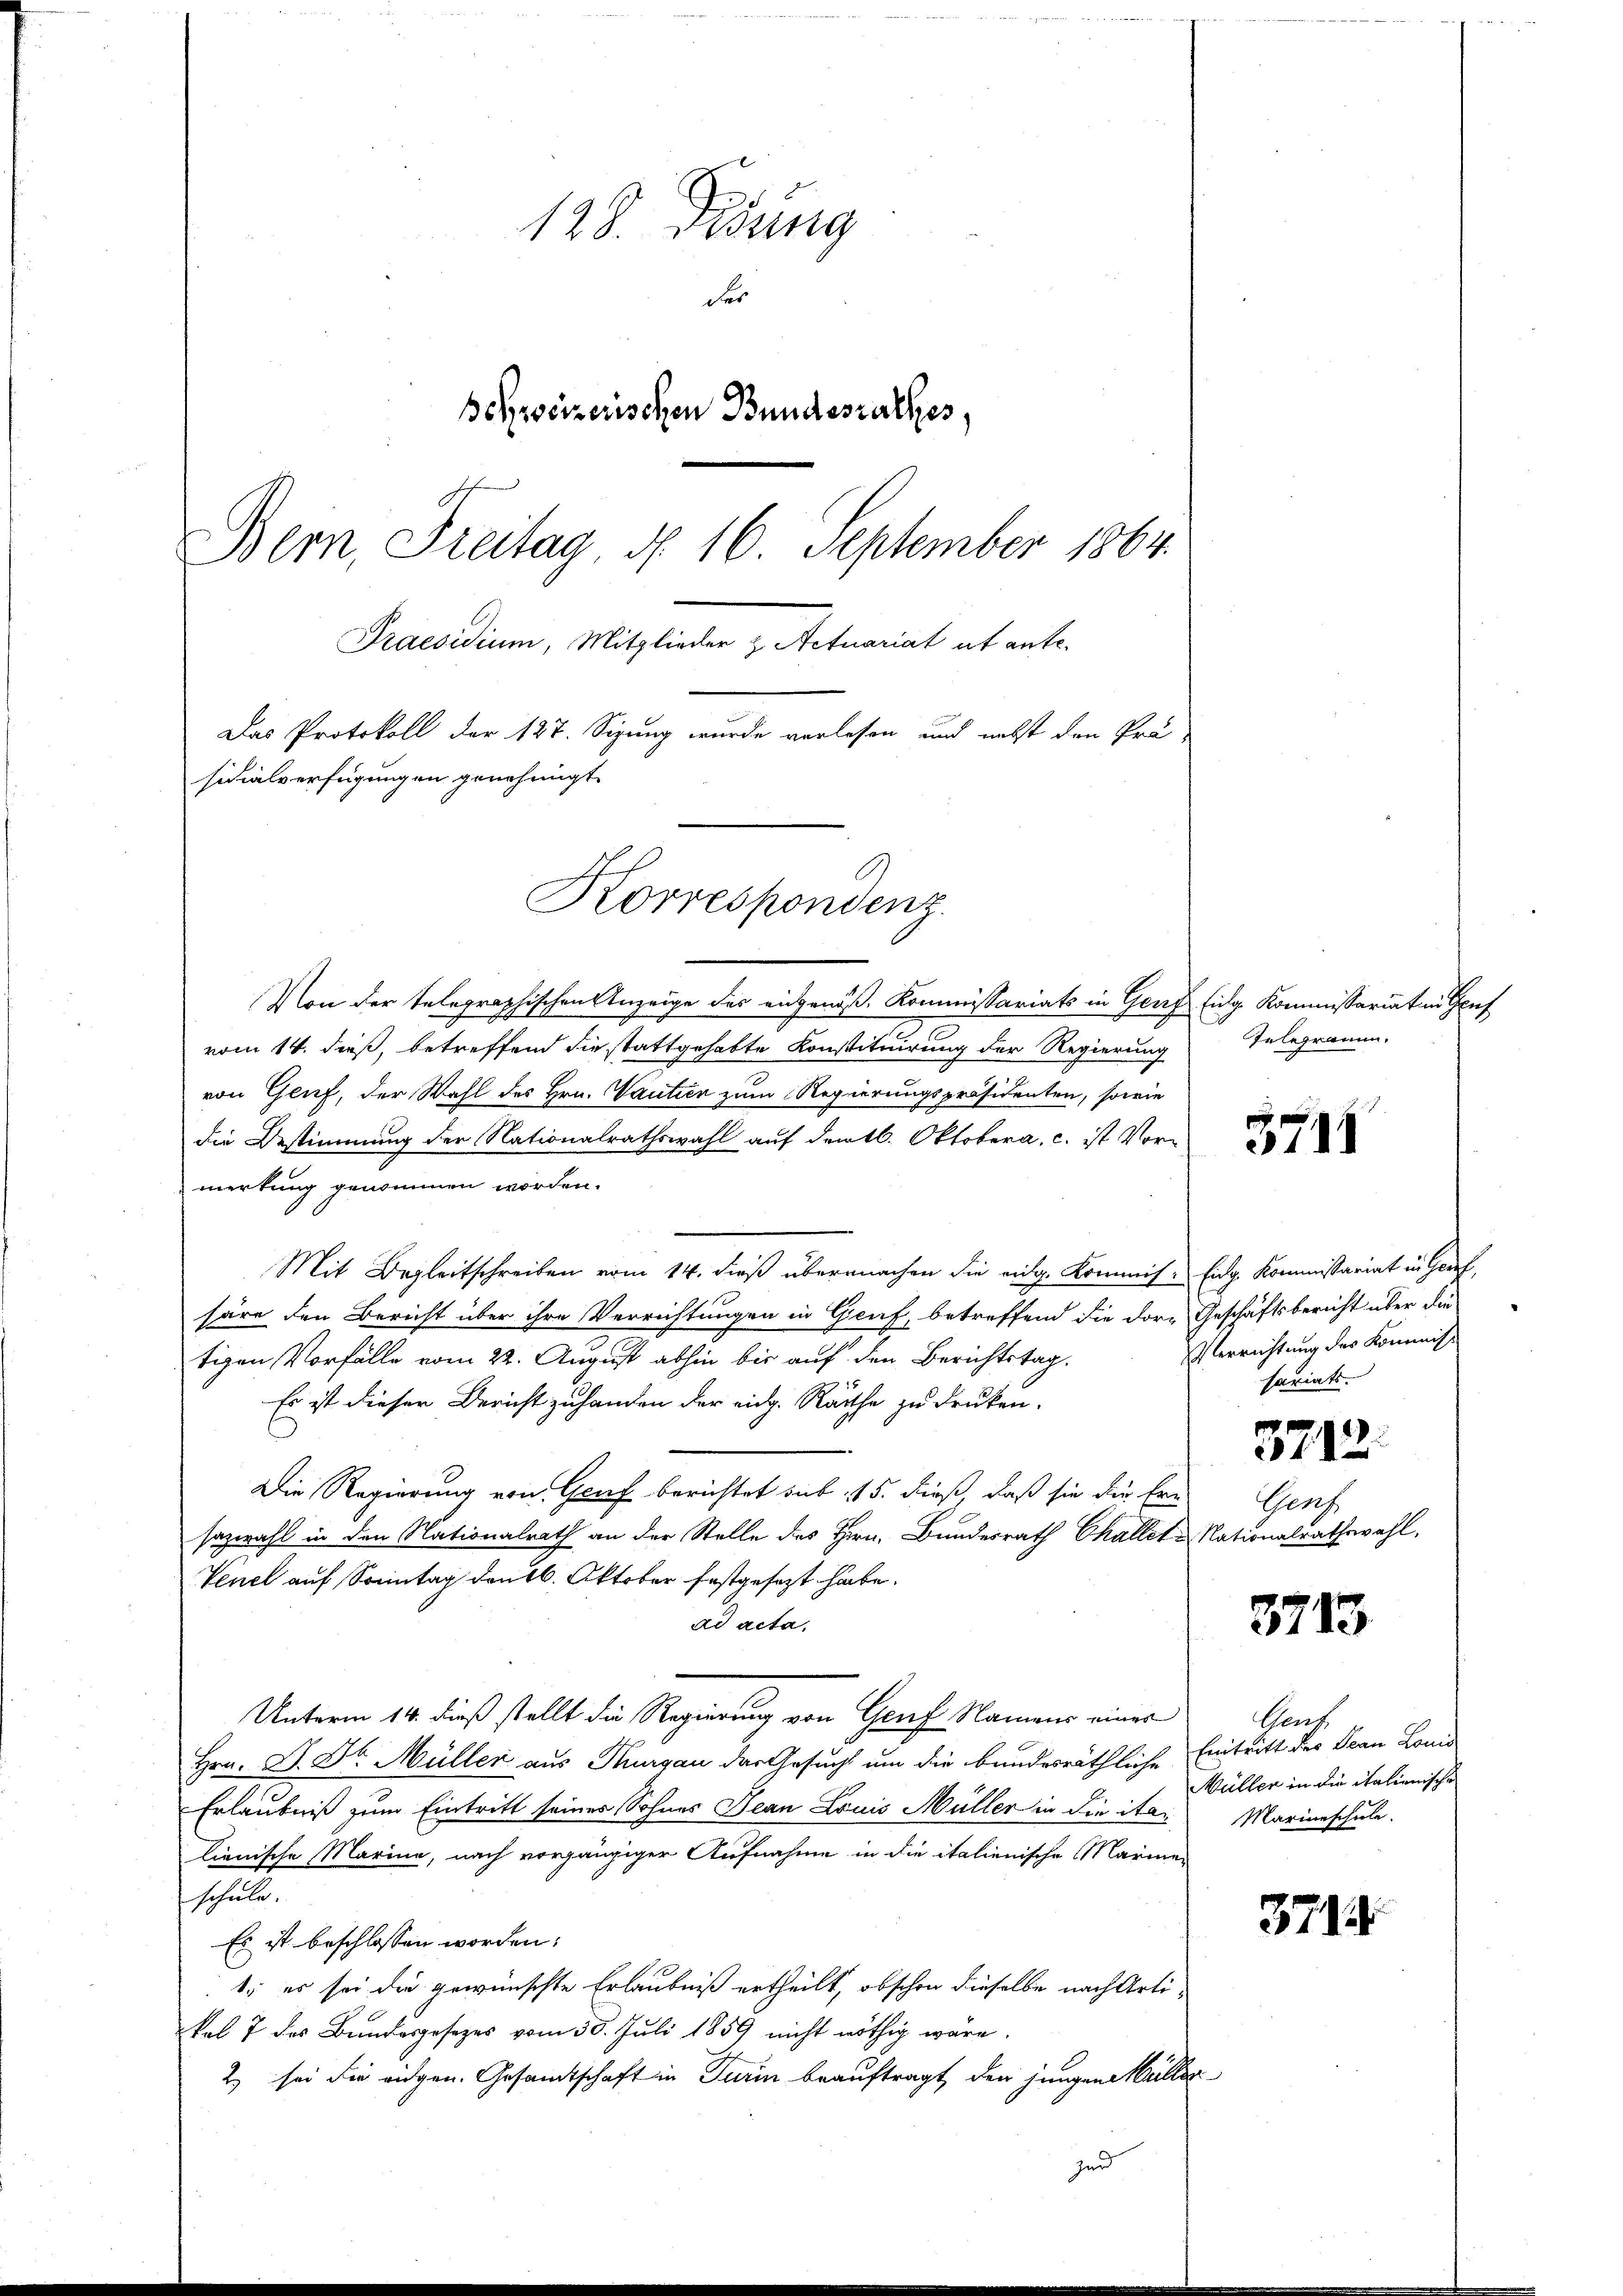
128. Didung
der
Behweizerischen Bundesrathes,
Bern, Freitag d. 16. September 1864.
Praesidium, Mitglieder Actuariat ab ante.
Das Protokoll der 127. Sizung wurde verlesen und nebst den Prä-
sidialverfügungen genehmigt.
Korrespondenz

Von der telegraphischen Anzeige des eingenoß. Kommissariats in Genf Eidg. Kommissariaten Grus
vom 14. dieß, betreffend die stattgehabte Konstituirung der Regierung
von Genf, der Wahl des Hrn. antien zum Regierungspräsidenten, sowie
die Bestimmung der Nationalrathswahl auf dem kl. Oktobera, c. ist Vormerkung genommen worden.
Mit Begleitschreiben vom 14. dieß übermachen die eidg. Kommis. Eidg. Kommissariat in Genf,
säre den Bericht über ihre Verrichtungen in Graf, betreffend die dort Geschäftsbericht über die
tigen Vorfälle vom 22. August abhin bis auf den Berichtstag.
Es ist dieser Bericht zu handen der eidg. Räthe zu drucken.
Die Regierung von Genf berichtet sub 15. dieß, daß sie die Ern
sazwahl in den Nationalrath an der Stelle des Hrn. Bundesrath Challet u Nationalrathswahl,
Venel auf Sonntag den 6. Oktober festgesezt habe.
ad acta.
Unterm 14. dieß stellt die Regierung von Genf, Namens einer
Hrn. D. Dr. Müller aus Thurgau das Gesuch um die bundesräthliche Eintritt des Jean Louis
Erlaubniß zum Eintritt seines Sohnes Jean Louis Müller in die italienische Marine, nach vorgängiger Aufnahme in die italienische Marine-
schule.
Es ist beschlossen worden.
1., es sei die gewünschte Erlaubniß ertheilt, obschon dieselbe nach Artikal 7 des Bundesgesezes vom 30. Juli 1859 nicht nöthig wäre.
2) sei die eidgen. Gesamtschaft in Turin beauftragt, den jungen Müller
zud

Telegramm,

3718

Verrichtung des Kommissi
sariats.

3712.

Genf

3713

Gent
Müller in die italienische
Marianschule.

379